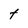
Character: t